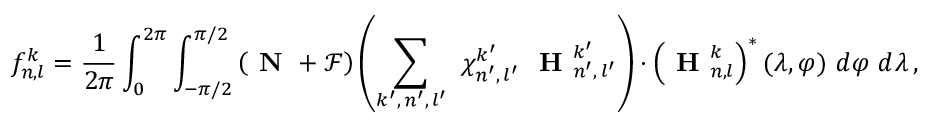
f _ { n , l } ^ { k } = \frac { 1 } { 2 \pi } \int _ { 0 } ^ { 2 \pi } \int _ { - \pi / 2 } ^ { \pi / 2 } \left( \textbf { N } + \mathcal { F } \right) \left( \sum _ { k ^ { \prime } , \, n ^ { \prime } , \, l ^ { \prime } } \ \chi _ { n ^ { \prime } , \, l ^ { \prime } } ^ { k ^ { \prime } } \ \textbf { H } _ { n ^ { \prime } , \, l ^ { \prime } } ^ { k ^ { \prime } } \right) \cdot \left( \textbf { H } _ { n , l } ^ { k } \right) ^ { * } ( \lambda , \varphi ) \ d \varphi \ d \lambda \, ,